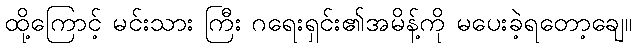
ထို့ကြောင့် မင်းသား ကြီး ဂရေးရှင်း၏အမိန့်ကို မပေးခဲ့ရတော့ချေ။